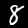
Label: 8